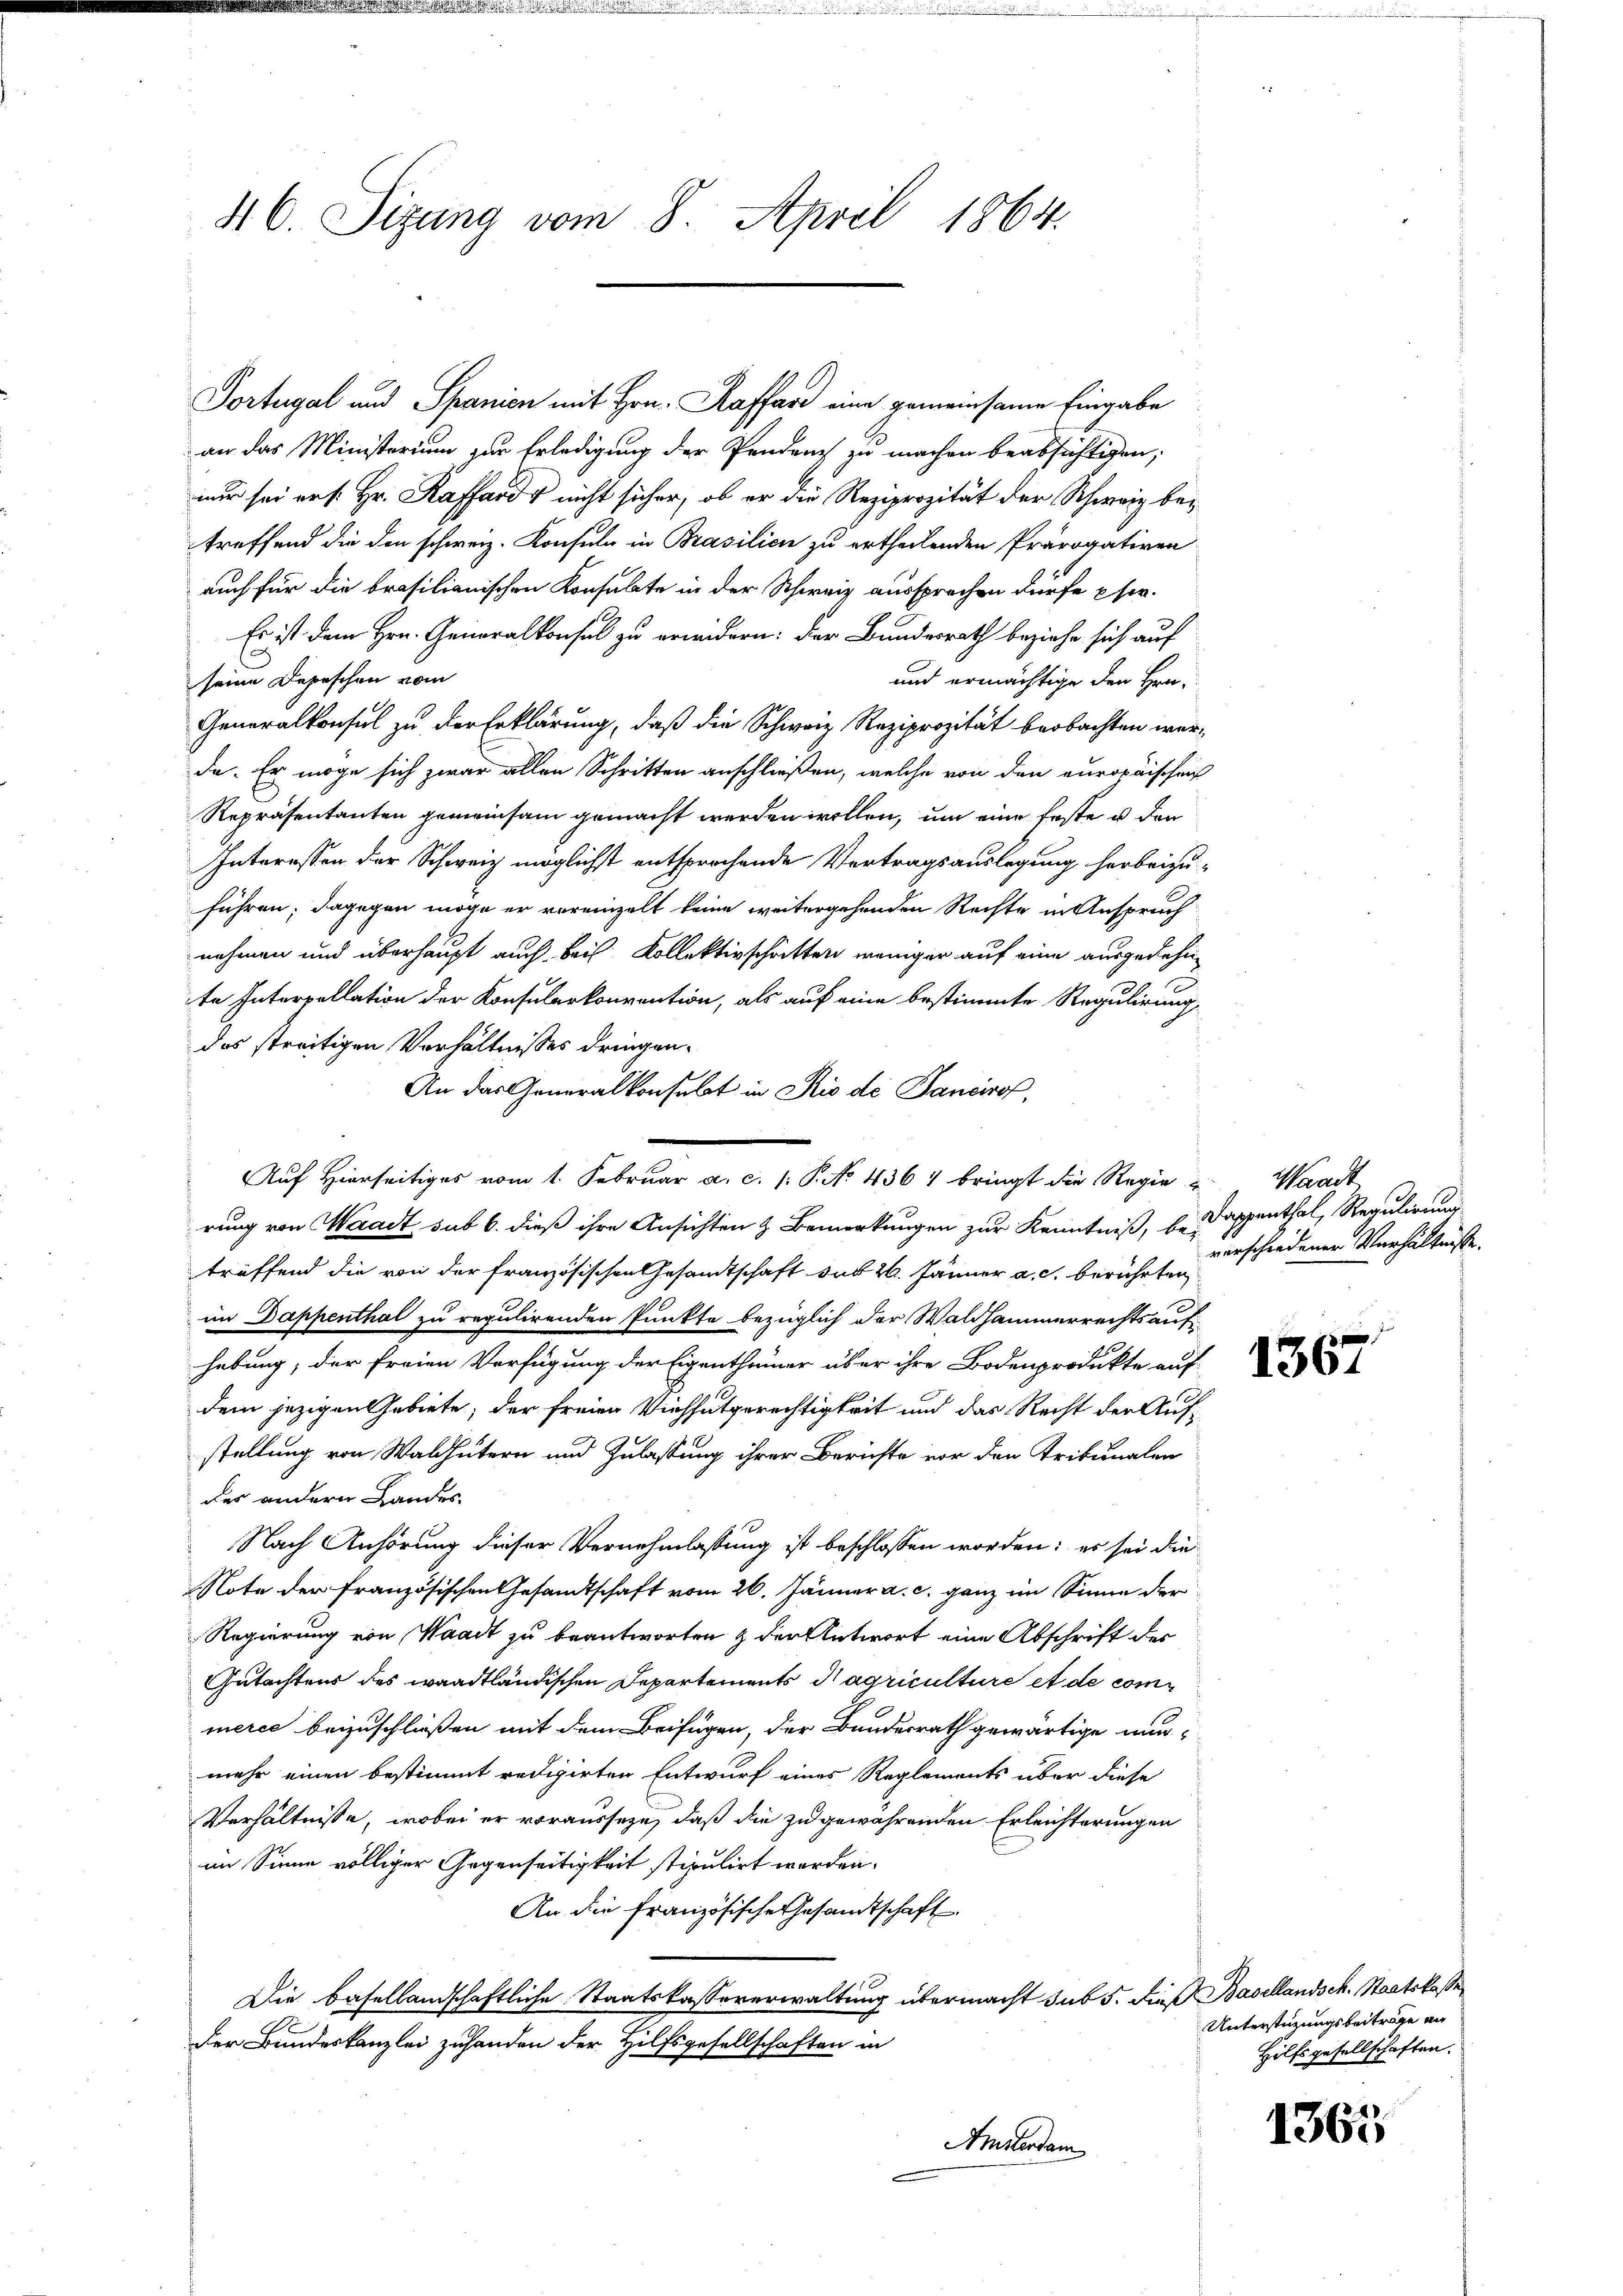
46. Sizung vom 8. April 1864.

an das Ministerium zur Erledigung der Pendenz zu machen beabsichtigen,
nur sei ers. Hr. Raffa nicht sicher, ob er die Reziprozität der Schweiz betreffend die den schweiz. Konsuln in Brasilien zu ertheilenden Prävogativen
auch für die brasilianischen Konsulte in der Schweiz aussprochen dürfe pser.
Es ist dem Hrn. Generalkonsul zu erwidern: der Bundesrath beziehe sich auf
seine Depeschen vom
und ermächtige den Hrn.
Generalkonsul zu der Erklärung, daß die Schweiz Reziprozität beobachten werda. Er möge sich zwar allen Schritten anschließen, welche von den europäischen
Repräsentanten gemeinsam gemacht werden wollen, um eine Erste u. der
Interessen der Schweiz möglichst entsprochende Vertragsauslegung herbeizu-
führen; dagegen möge er vereinzelt keine weitergehenden Rechte in Anspruch
nehmen und überhaupt auch bei Kollektivschritten weniger auf eine ausgedehn
te Interpellation der Konsularkonvention, als auf eine bestimmte Regulirung
das streitigen Verhältnisses dringen.
An das Generalkonsebt in Rio de Tancirof,
Auf Hierseitiges vom 1. Februar a. c. 1 P. No 4364 bringt die Regie u. Waadt
rung von Waadt, sub 6. dieß ihre Ansichten & Bemerkungen zur Kenntniß, betreffend die von der französischen Gesandtschaft der 26. Jänner a. c. berührten
im Dappenthal zu regulirenden Punkte bezüglich der Waldhammerrechts auf-
hebung, der freien Verfügung der Eigenthümer über ihre Bodenprodukte auf
dem jezigen Gebiete, der freien Viehhatgerechtigkeit und das Recht der Aufstellung von Waldhütern und Zulassung ihrer Berichte vor den Tribunalen
des andern Landes
Nach Anhörung dieser Vernehmlassung ist beschlossen worden; es sei die
Note der französischen Gesandtschaft vom 26. Jänner a. c. ganz im Sinne der
Regierung von Waadt zu beantworten & der Antwort eine Abschrift der
Gutachtens des waadtländischen Departements Nagriculture et de commerce beizuschließen mit dem Beifügen, der Bundesrath gewärtige nunmehr einen bestimmt redigirten Entwurf eines Reglements über diese
Verhältnisse, wobei er vorausseze, daß die zu gewährenden Erleichterungen
im Sinne völliger Gegenseitigkeit stipulirt worden.
An die französische Gesandtschaft
Die Basellandschaftliche Staatskassererwaltung übermacht sub 5. dieß Basellandsch. Staatskasse
Der Bundeskanzlei zuhanden der Hilfsgesellschaften in
Amisterdam

Portugal und Spanien mit Hrn. Kaffare eine gemeinsame Eingabe

Dappenthal, Regulirung
verschiedener Verhältnisse.

1367

Unterstützungsbeiträge an
Hilfsgesellschaften.

1365